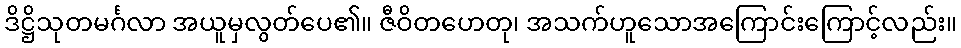
ဒိဋ္ဌိသုတမင်္ဂလာ အယူမှလွတ်ပေ၏။ ဇီဝိတဟေတု၊ အသက်ဟူသောအကြောင်းကြောင့်လည်း။